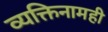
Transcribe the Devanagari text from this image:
व्यक्तिनामही